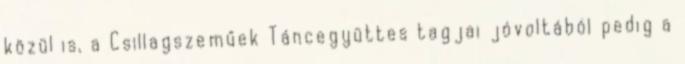
közül is, a Csillagszeműek Táncegyüttes tagjai jóvoltából pedig a